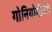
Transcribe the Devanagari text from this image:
गोनियोमीटरी